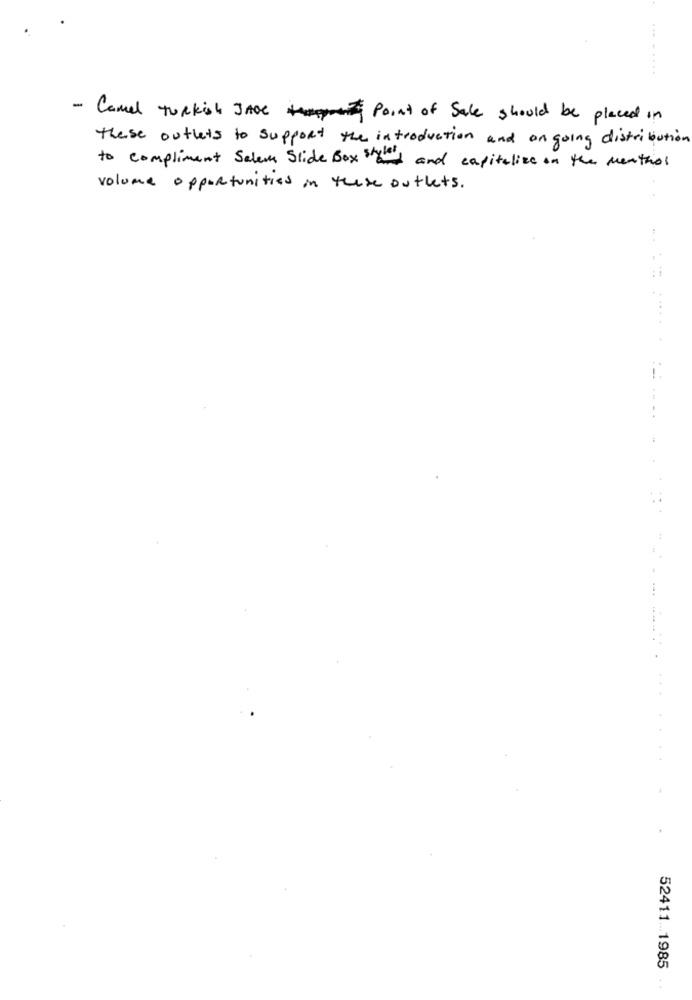
........
- Camel Turkish JADE Point of Sale should be placed in
these outlets to support the introduction and on going distribution
to compliment Salem Slide Box hand and capitalize on the menthol
volume opportunities in these outlets.
52411 ... 1985